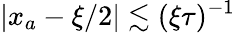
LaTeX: |x_{a}-\xi/2|\lesssim(\xi\tau)^{-1}